Scientific memoirs by medical officers of the Army of India - Part VIII,
Year: 1894
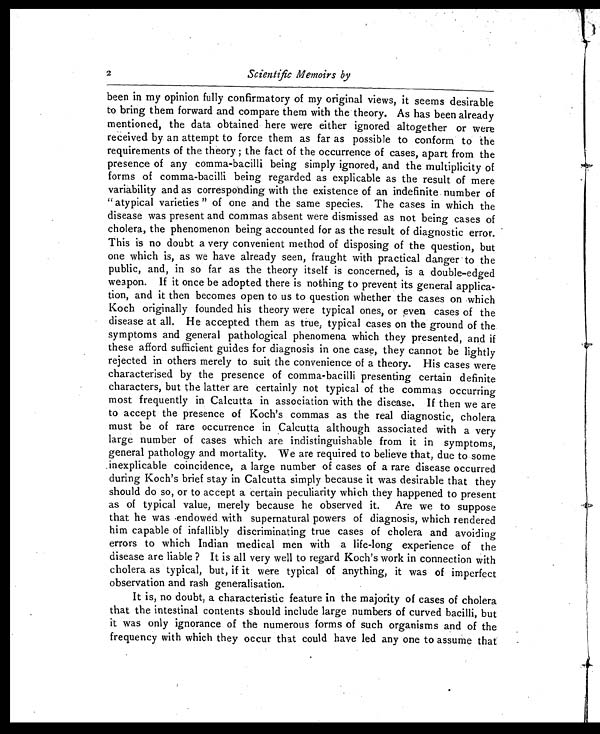
2
Scientific Memoirs by
been in my opinion fully confirmatory of my original views, it seems desirable
to bring them forward and compare them with the theory. As has been already
mentioned, the data obtained here were either ignored altogether or were
received by an attempt to force them as far as possible to conform to the
requirements of the theory ; the fact of the occurrence of cases, apart from the
presence of any comma-bacilli being simply ignored, and the multiplicity of
forms of comma-bacilli being regarded as explicable as the result of mere
variability and as corresponding with the existence of an indefinite number of
" atypical varieties " of one and the same species. The cases in which the
disease was present and commas absent were dismissed as not being cases of
cholera, the phenomenon being accounted for as the result of diagnostic error.
This is no doubt a very convenient method of disposing of the question, but
one which is, as we have already seen, fraught with practical danger to the
public, and, in so far as the theory itself is concerned, is a double-edged
weapon. If it once be adopted there is nothing to prevent its general applica-
tion, and it then becomes open to us to question whether the cases on which
Koch originally founded his theory were typical ones, or even cases of the
disease at all. He accepted them as true, typical cases on the ground of the
symptoms and general pathological phenomena which they presented, and if
these afford sufficient guides for diagnosis in one case, they cannot be lightly
rejected in others merely to suit the convenience of a theory. His cases were
characterised by the presence of comma-bacilli presenting certain definite
characters, but the latter are certainly not typical of the commas occurring
most frequently in Calcutta in association with the disease, If then we are
to accept the presence of Koch's commas as the real diagnostic, cholera
must be of rare occurrence in Calcutta although associated with a very
large number of cases which are indistinguishable from it in symptoms,
general pathology and mortality. We are required to believe that, due to some
inexplicable coincidence, a large number of cases of a rare disease occurred
during Koch's brief stay in Calcutta simply because it was desirable that they
should do so, or to accept a certain peculiarity which they happened to present
as of typical value, merely because he observed it. Are we to suppose
that he was endowed with supernatural powers of diagnosis, which rendered
him capable of infallibly discriminating true cases of cholera and avoiding
errors to which Indian medical men with a life-long experience of the
disease are liable ? It is all very well to regard Koch's work in connection with
cholera as typical, but, if it were typical of anything, it was of imperfect
observation and rash generalisation.
It is, no doubt, a characteristic feature in the majority of cases of cholera
that the intestinal contents should include large numbers of curved bacilli, but
it was only ignorance of the numerous forms of such organisms and of the
frequency with which they occur that could have led any one to assume that